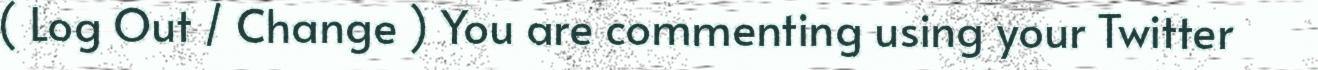
( Log Out / Change ) You are commenting using your Twitter